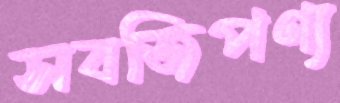
সবজিপণ্য